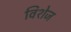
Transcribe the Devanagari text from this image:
विशेज